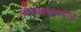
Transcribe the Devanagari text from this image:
लोकवाङ्‌मयाचे